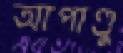
আপাণ্ডু